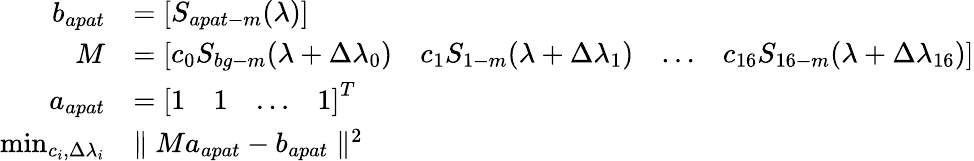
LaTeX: \begin{array}{rl}{b_{apat}}&{=\left[\begin{array}{l}{S_{apat-m}(\lambda)}\end{array}\right]}\\ {M}&{=\left[\begin{array}{llll}{c_{0}S_{bg-m}(\lambda+\Delta\lambda_{0})}&{c_{1}S_{1-m}(\lambda+\Delta\lambda_{1})}&{\ldots}&{c_{16}S_{16-m}(\lambda+\Delta\lambda_{16})}\end{array}\right]}\\ {a_{apat}}&{=\left[\begin{array}{llll}{1}&{1}&{\ldots}&{1}\end{array}\right]^{T}}\\ {\operatorname*{min}_{c_{i},\Delta\lambda_{i}}}&{\parallel Ma_{apat}-b_{apat}\parallel^{2}}\end{array}